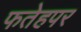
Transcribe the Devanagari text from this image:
फतेहपर